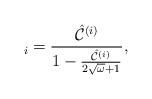
LaTeX: \begin{align*}_{i}=\frac{\hat{\mathcal{C}}^{(i)}}{1-\frac{\hat{\mathcal{C}}^{(i)}}{2\sqrt{\omega}+1}},\end{align*}